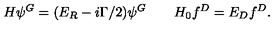
H \psi ^ { G } = ( E _ { R } - i \Gamma / 2 ) \psi ^ { G } \qquad H _ { 0 } f ^ { D } = E _ { D } f ^ { D } .